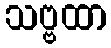
သဗ္ဗထာ